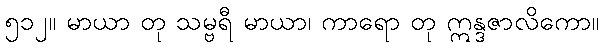
၅၁၂။ မာယာ တု သမ္ဗရီ မာယာ၊ ကာရော တု ဣန္ဒဇာလိကော။